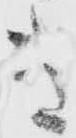
き